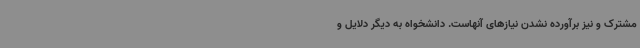
مشترک و نیز برآورده نشدن نیازهای آنهاست. دانشخواه به دیگر دلایل و